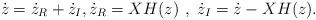
LaTeX: \begin{align*}\dot{z} = \dot{z}_{R} + \dot{z}_{I} , \dot{z}_{R} = X H (z) \, \, , \, \, \dot{z}_{I} = \dot{z} - XH(z) . \end{align*}